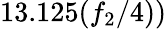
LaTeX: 13.125({f_{2}}/{4}))